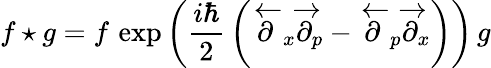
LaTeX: f\star g=f\, \exp{\left({\frac{i\hbar}{2}}\left({\overleftarrow{\partial}}_{x}{\overrightarrow{\partial}}_{p}-{\overleftarrow{\partial}}_{p}{\overrightarrow{\partial}}_{x}\right)\right)}\, g